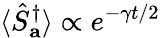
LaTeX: \langle\hat{S}_{\mathbf{a}}^{\dagger}\rangle\propto e^{-\gamma t/2}